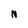
Character: N